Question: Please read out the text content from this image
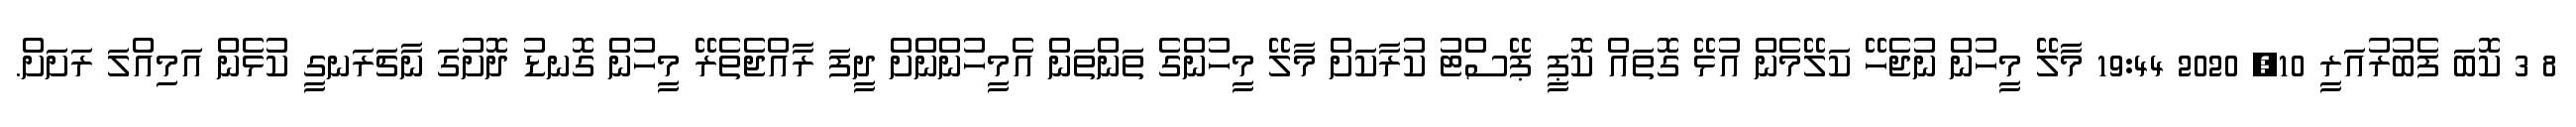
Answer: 8 3 ކޮބަ ފެބުރުއަރީ 10, 2020 19:44 މާލޭ މީހުން ނުޖެހޭ ކަލޭމެން އުޅޭ ގޮތައް ކޮޕީ ޕޭސްޓު ކުރާކަށް މާލޭ މީހުންގެ ތަންތަން އެމީހުންންށް ދީފަ ރާއްޖެތެރޭ މީހުން ގޮނޑު ދޮށުގަ ނާޗަރަނގީ ކުޅެން އަމިއްލަ ރަށަށް.